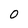
Character: 0